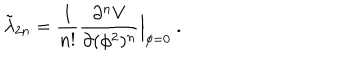
LaTeX: \tilde { \lambda } _ { 2 n } = { \frac { 1 } { n ! } } { \frac { \partial ^ { n } V } { \partial ( \phi ^ { 2 } ) ^ { n } } } \Big | _ { \phi = 0 } \ .